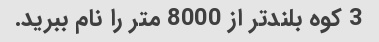
3 کوه بلندتر از 8000 متر را نام ببرید.